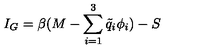
I _ { G } = \beta ( M - \sum _ { i = 1 } ^ { 3 } { \tilde { q } } _ { i } \phi _ { i } ) - S